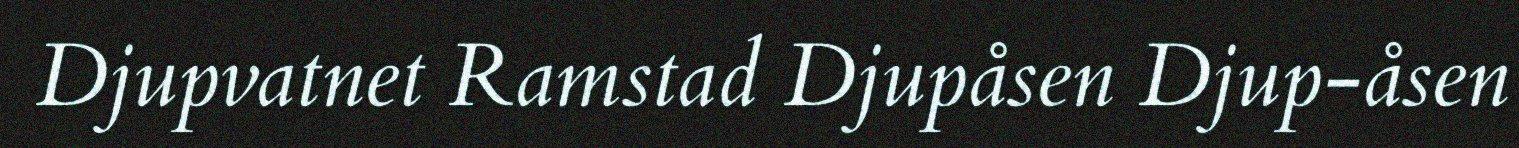
Djupvatnet Ramstad Djupåsen Djup-åsen